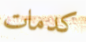
كدمات